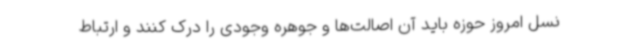
نسل امروز حوزه باید آن اصالت‌ها و جوهره وجودی را درک کنند و ارتباط